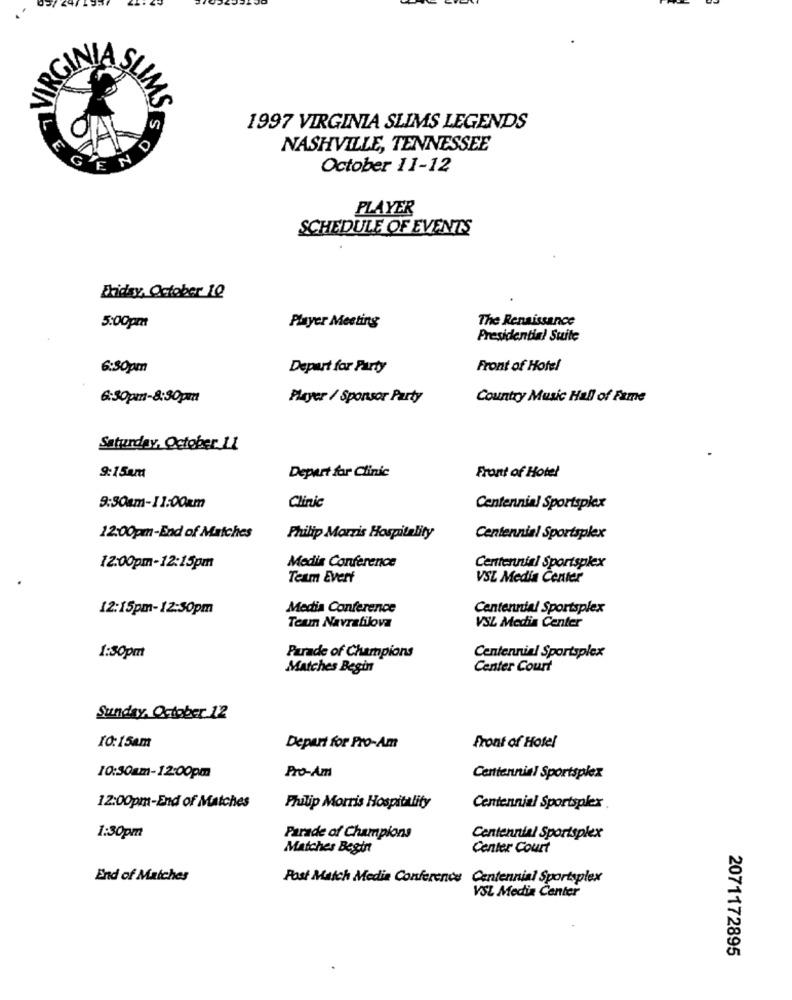
VARGIA
S
AMS
1997 VIRGINIA SLIMS LEGENDS
E
O
NASHVILLE, TENNESSEE
GE
October 11-12
PLAYER
SCHEDULE OF EVENTS
Friday, October 12
The Renaissance
5:00pm
Player Meeting
Presidential Suite
6:50pm
Depart for Party
Front of Hotel
6:30pm-8:30pm
Player / Sponsor Party
Country Music Hall of Fame
Saturday, October 11
Front of Hotel
9:15Am
Depart for Clinic
Clinic
9:30am-11:00am
Centennial Sportsplex
12:00pm-End of Matches
Philip Morris Hospitality
Centennial Sportsplex
12:00pm-12:15pm
Medis Conference
Centennial Sportsplex
Team Everf
VSL Media Center
12:15pm-12:50pm
Media Conference
Centennial Sportsplex
VSL Media Center
Teum Navratilova
1:30pm
Parade of Champions
Centennial Sportsplex
Matches Begin
Center Court
Sunday, October 12
10:15am
Depart for Pro-Am
Front of Hotel
10:30am-12:00pm
Pro-Am
Centennial Sportsplex
12:00pm-End of Matches
Philip Morris Hospitality
Centennial Sportsplex
1:30pm
Parade of Champions
Centennial Sportsplex
Matches Begin
Center Court
End of Matches
Post Match Media Conference Centennial Sportsplex
VSL Media Center
2071172895